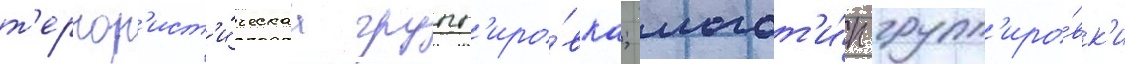
т'еррор'ист'и́ческаа групп'иро́вка; логот'и́п групп'иро́вк'и